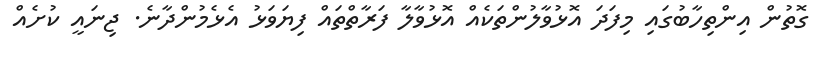
ގޮތުން އިންތިހާބުގައި މިފަދަ އޮޅުވާލުންތަކެއް އޮޅުވާލާ ފަރާތްތައް ފިޔަވަޅު އެޅެމުންދާނެ. ޖިނައީ ކުށެއް